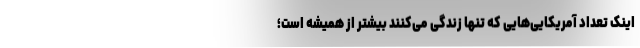
اینک تعداد آمریکایی‌هایی که تنها زندگی می‌کنند بیشتر از همیشه است؛